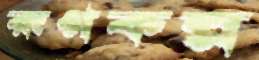
রূপকল্প